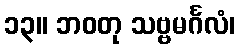
၁၃။ ဘဝတု သဗ္ဗမင်္ဂလံ၊